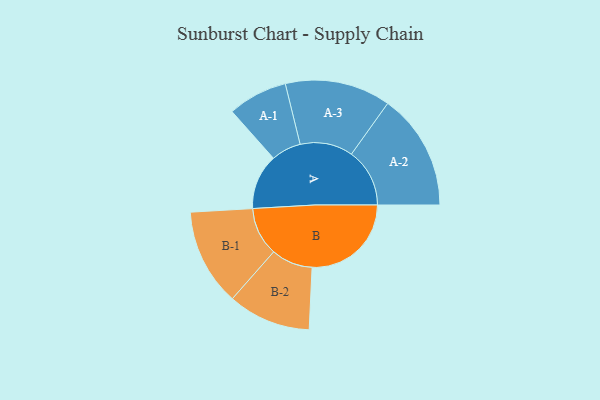
{"axis": {"x": "Segment", "y": "Value"}, "legend": ["", "A", "B"], "data": [{"x": "A", "y": 204, "type": ""}, {"x": "B", "y": 366, "type": ""}, {"x": "A-1", "y": 110, "type": "A"}, {"x": "A-2", "y": 215, "type": "A"}, {"x": "A-3", "y": 195, "type": "A"}, {"x": "B-1", "y": 179, "type": "B"}, {"x": "B-2", "y": 153, "type": "B"}]}